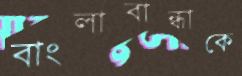
বাংলাবান্ধাকে